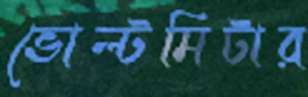
ভোল্টমিটার